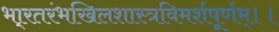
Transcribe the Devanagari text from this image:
भा्रतरंभखिलशास्त्रविमर्शपूर्णम्।।